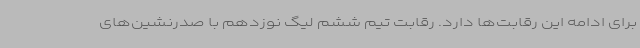
برای ادامه این رقابت‌ها دارد. رقابت تیم ششم لیگ نوزدهم با صدرنشین‌های